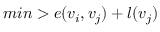
m i n > e ( v _ { i } , v _ { j } ) + l ( v _ { j } )